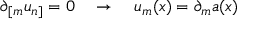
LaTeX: \partial _ { [ m } u _ { n ] } = 0 ~ ~ ~ \rightarrow ~ ~ ~ u _ { m } ( x ) = \partial _ { m } a ( x )